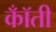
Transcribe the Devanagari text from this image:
कॉँती